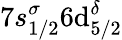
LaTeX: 7s_{1/2}^{\sigma}6\mathrm{d}_{5/2}^{\delta}